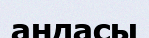
андасы